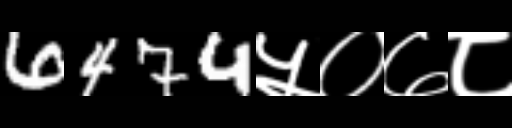
Text: 6474५०७८